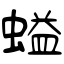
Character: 螠